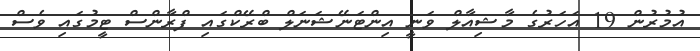
އުމުރުން 19 އަހަރުގެ މާޝިއާލް ވަނީ އިންޓަނޭޝަނަލް ބްރޭކްގައި ފްރާންސް ޓީމުގައި ވެސް